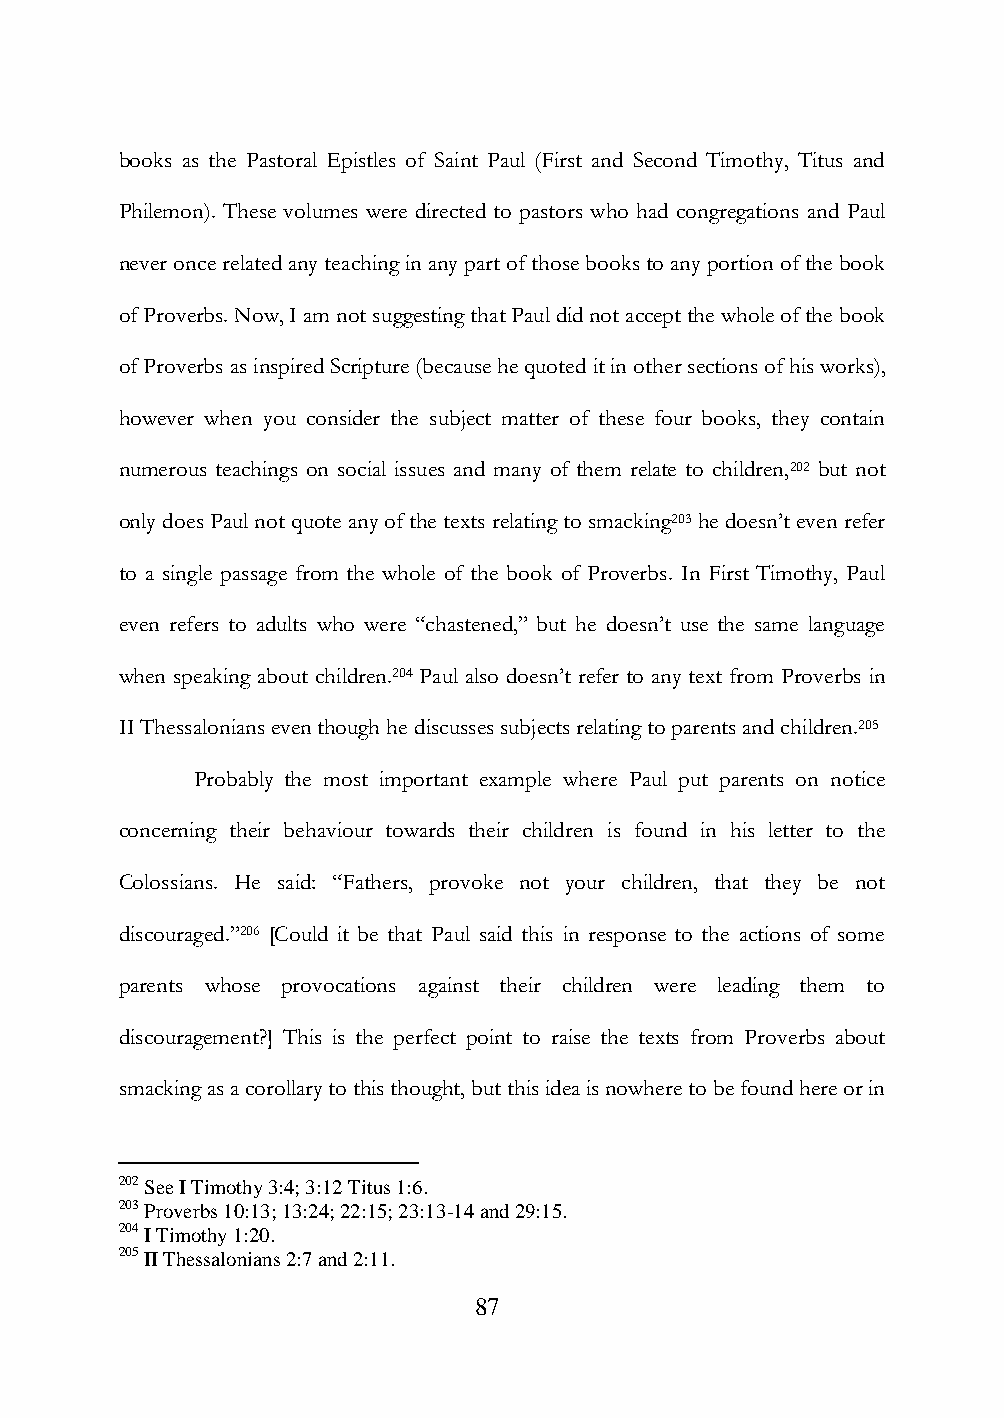
books as the Pastoral Epistles of Saint Paul (First and Second Timothy, Titus and
 Philemon). These volumes were directed to pastors who had congregations and Paul
 never once related any teaching in any part of those books to any portion of the book
 of Proverbs. Now, I am not suggesting that Paul did not accept the whole of the book
 of Proverbs as inspired Scripture (because he quoted it in other sections of his works),
 however when you consider the subject matter of these four books, they contain
 numerous teachings on social issues and many of them relate to children,202 but not
 only does Paul not quote any of the texts relating to smacking203 he doesn‟t even refer
 to a single passage from the whole of the book of Proverbs. In First Timothy, Paul
 even refers to adults who were “chastened,” but he doesn‟t use the same language
 when speaking about children.204 Paul also doesn‟t refer to any text from Proverbs in
 II Thessalonians even though he discusses subjects relating to parents and children.205
 Probably the most important example where Paul put parents on notice
 concerning their behaviour towards their children is found in his letter to the
 Colossians. He said: “Fathers, provoke not your children, that they be not
 discouraged.”206 [Could it be that Paul said this in response to the actions of some
 parents whose provocations against their children were leading them to
 discouragement?] This is the perfect point to raise the texts from Proverbs about
 smacking as a corollary to this thought, but this idea is nowhere to be found here or in
 202 See I Timothy 3:4; 3:12 Titus 1:6.
 203 Proverbs 10:13; 13:24; 22:15; 23:13-14 and 29:15.
 204 I Timothy 1:20.
 205 II Thessalonians 2:7 and 2:11.
 87